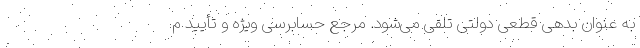
به عنوان بدهی قطعی دولتی تلقی می‌شود. مرجع حسابرسی ویژه و تأیید م